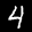
Label: 4